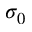
\sigma _ { 0 }